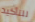
للتأكيد